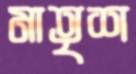
মাতৃশ